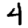
Digit: 4